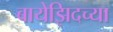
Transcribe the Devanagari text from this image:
बायेझिदच्या